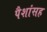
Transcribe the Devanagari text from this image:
पैशांसह